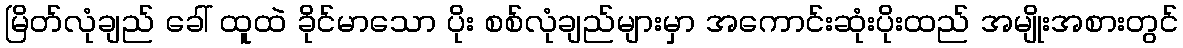
မြိတ်လုံချည် ခေါ် ထူထဲ ခိုင်မာသော ပိုး စစ်လုံချည်များမှာ အကောင်းဆုံးပိုးထည် အမျိုးအစားတွင်